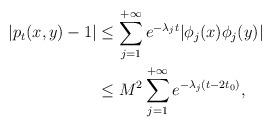
LaTeX: \begin{align*}| p_t (x,y)-1|& \le \sum_{j=1}^{+\infty} e^{-\lambda_j t} | \phi_j (x) \phi_j(y)| \\ &\le M^2 \sum_{j=1}^{+\infty} e^{-\lambda_j (t-2t_0)},\end{align*}